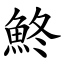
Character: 鮗